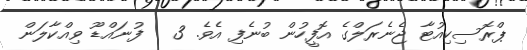
ޕްރޮސިކިއުޓާ ޖެނެރަލްގެ އޮފީހުން ބުނެފި އެވެ. 3   ފުނައްޑޫ ވިއްކާލަން